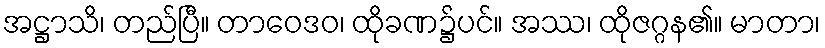
အဋ္ဌာသိ၊ တည်ပြီ။ တာဝေဒဝ၊ ထိုခဏ၌ပင်။ အဿ၊ ထိုဇဂ္ဂန၏။ မာတာ၊